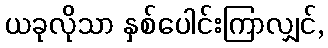
ယခုလိုသာ နှစ်ပေါင်းကြာလျှင်,